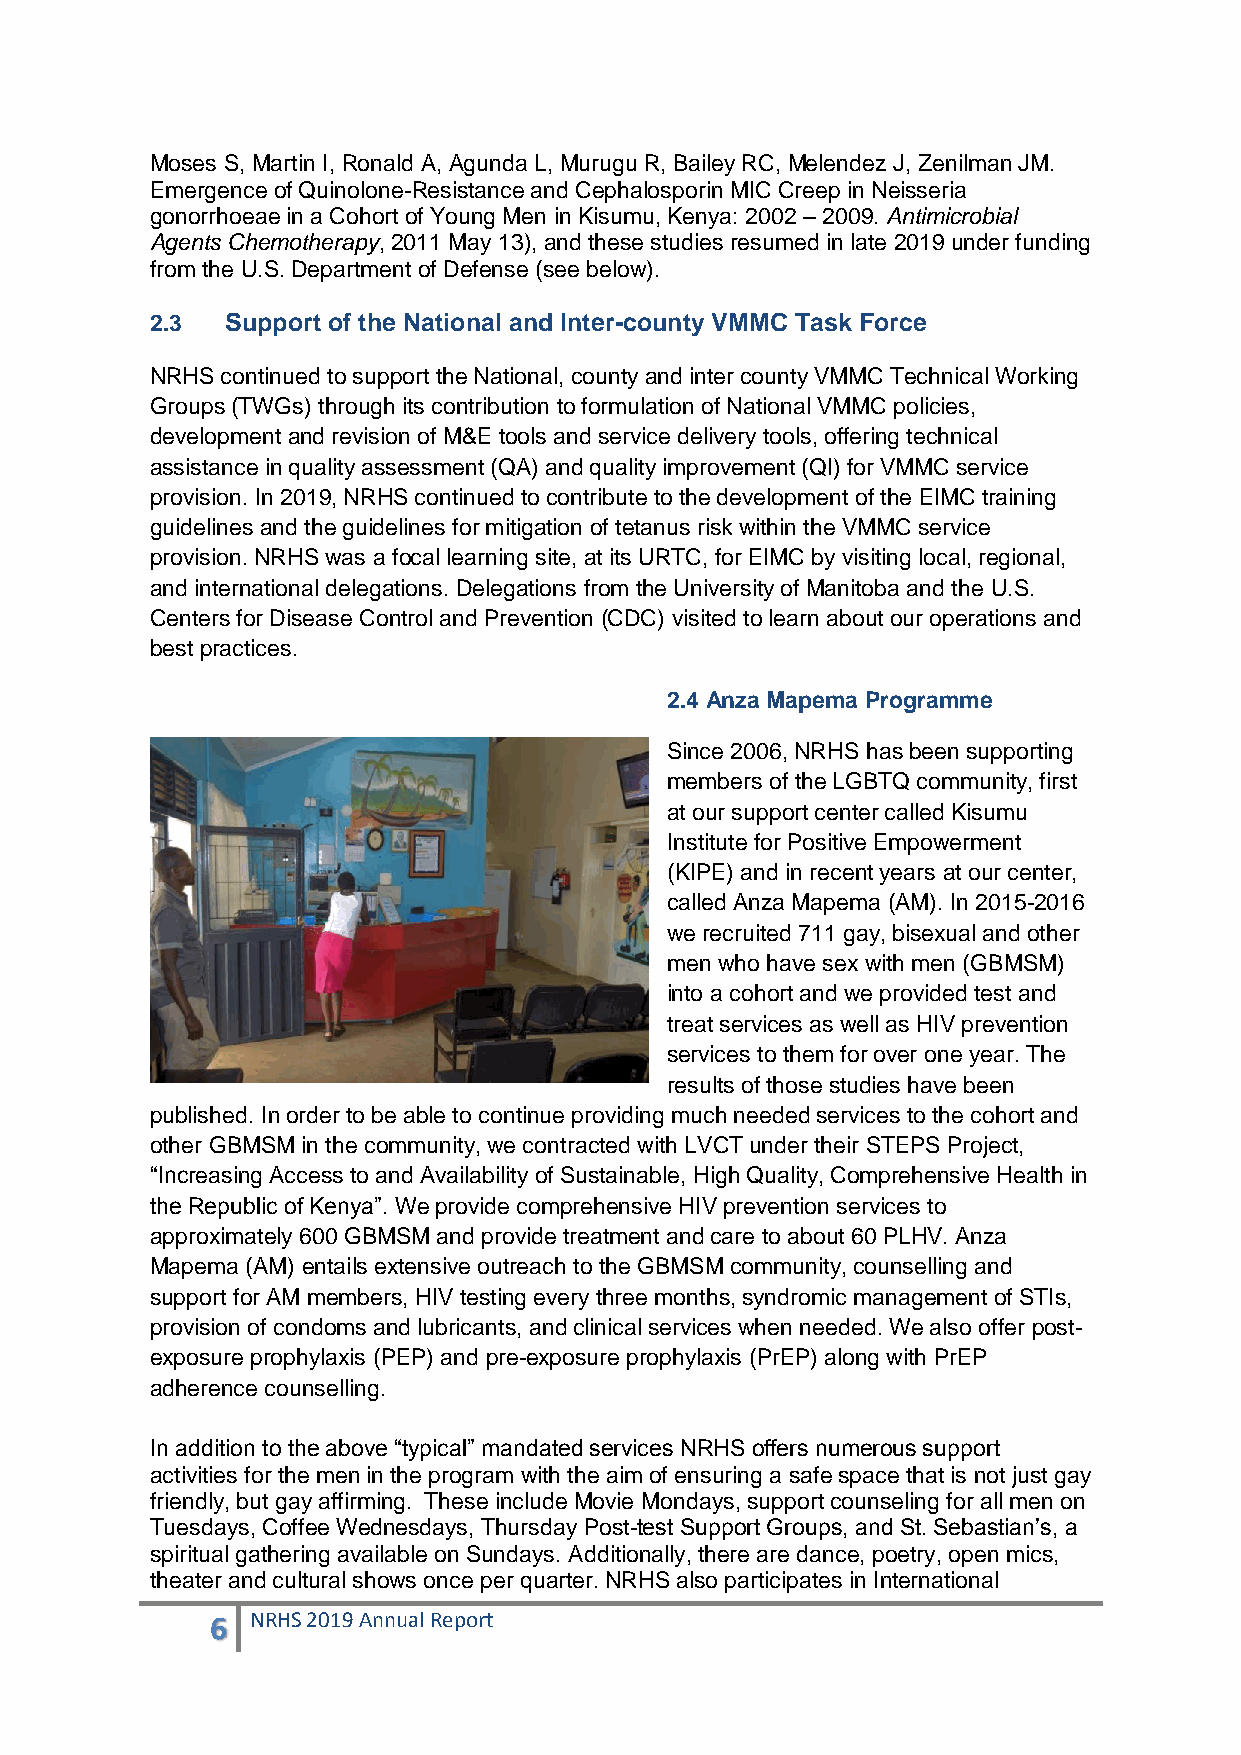
Moses S, Martin I, Ronald A, Agunda L, Murugu R, Bailey RC, Melendez J, Zenilman JM.
 Emergence of Quinolone-Resistance and Cephalosporin MIC Creep in Neisseria
 gonorrhoeae in a Cohort of Young Men in Kisumu, Kenya: 2002 – 2009. Antimicrobial
 Agents Chemotherapy, 2011 May 13), and these studies resumed in late 2019 under funding
 from the U.S. Department of Defense (see below).
 2.3  Support of the National and Inter-county VMMC Task Force
 NRHS continued to support the National, county and inter county VMMC Technical Working
 Groups (TWGs) through its contribution to formulation of National VMMC policies,
 development and revision of M&E tools and service delivery tools, offering technical
 assistance in quality assessment (QA) and quality improvement (QI) for VMMC service
 provision. In 2019, NRHS continued to contribute to the development of the EIMC training
 guidelines and the guidelines for mitigation of tetanus risk within the VMMC service
 provision. NRHS was a focal learning site, at its URTC, for EIMC by visiting local, regional,
 and international delegations. Delegations from the University of Manitoba and the U.S.
 Centers for Disease Control and Prevention (CDC) visited to learn about our operations and
 best practices.
 2.4 Anza Mapema Programme
 Since 2006, NRHS has been supporting
 members of the LGBTQ community, first
 at our support center called Kisumu
 Institute for Positive Empowerment
 (KIPE) and in recent years at our center,
 called Anza Mapema (AM). In 2015-2016
 we recruited 711 gay, bisexual and other
 men who have sex with men (GBMSM)
 into a cohort and we provided test and
 treat services as well as HIV prevention
 services to them for over one year. The
 results of those studies have been
 published. In order to be able to continue providing much needed services to the cohort and
 other GBMSM in the community, we contracted with LVCT under their STEPS Project,
 “Increasing Access to and Availability of Sustainable, High Quality, Comprehensive Health in
 the Republic of Kenya”. We provide comprehensive HIV prevention services to
 approximately 600 GBMSM and provide treatment and care to about 60 PLHV. Anza
 Mapema (AM) entails extensive outreach to the GBMSM community, counselling and
 support for AM members, HIV testing every three months, syndromic management of STIs,
 provision of condoms and lubricants, and clinical services when needed. We also offer post-
 exposure prophylaxis (PEP) and pre-exposure prophylaxis (PrEP) along with PrEP
 adherence counselling.
 In addition to the above “typical” mandated services NRHS offers numerous support
 activities for the men in the program with the aim of ensuring a safe space that is not just gay
 friendly, but gay affirming. These include Movie Mondays, support counseling for all men on
 Tuesdays, Coffee Wednesdays, Thursday Post-test Support Groups, and St. Sebastian‟s, a
 spiritual gathering available on Sundays. Additionally, there are dance, poetry, open mics,
 theater and cultural shows once per quarter. NRHS also participates in International
 6  NRHS 2019 Annual Report